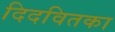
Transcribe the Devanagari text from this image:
दिदवितका